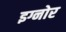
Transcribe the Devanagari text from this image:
इग्नोर